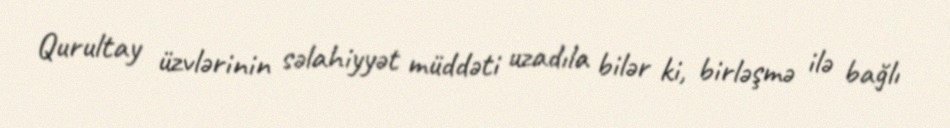
Qurultay üzvlərinin səlahiyyət müddəti uzadıla bilər ki, birləşmə ilə bağlı